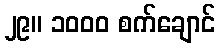
၂၉။ ၁၀၀၀ စက်ချောင်